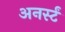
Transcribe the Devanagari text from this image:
अनर्स्टं